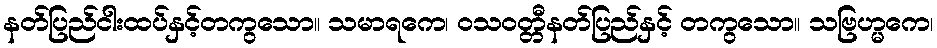
နတ်ပြည်ငါးထပ်နှင့်တကွသော။ သမာရကေ၊ ဝသဝတ္တီနတ်ပြည်နှင့် တကွသော။ သဗြဟ္မကေ၊